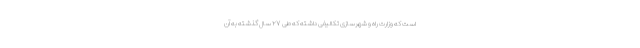
است که وزارت راه و شهرسازی تکالیفی داشته که طی ۲۷ سال گذشته به آن